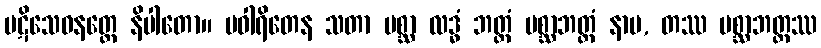
ပဋိသေဓနတ္ထေ နိပါတော။ ပဝါရိတေန သတာ ပစ္ဆာ လဒ္ဓံ ဘတ္တံ ပစ္ဆာဘတ္တံ နာမ, တဿ ပစ္ဆာဘတ္တဿ